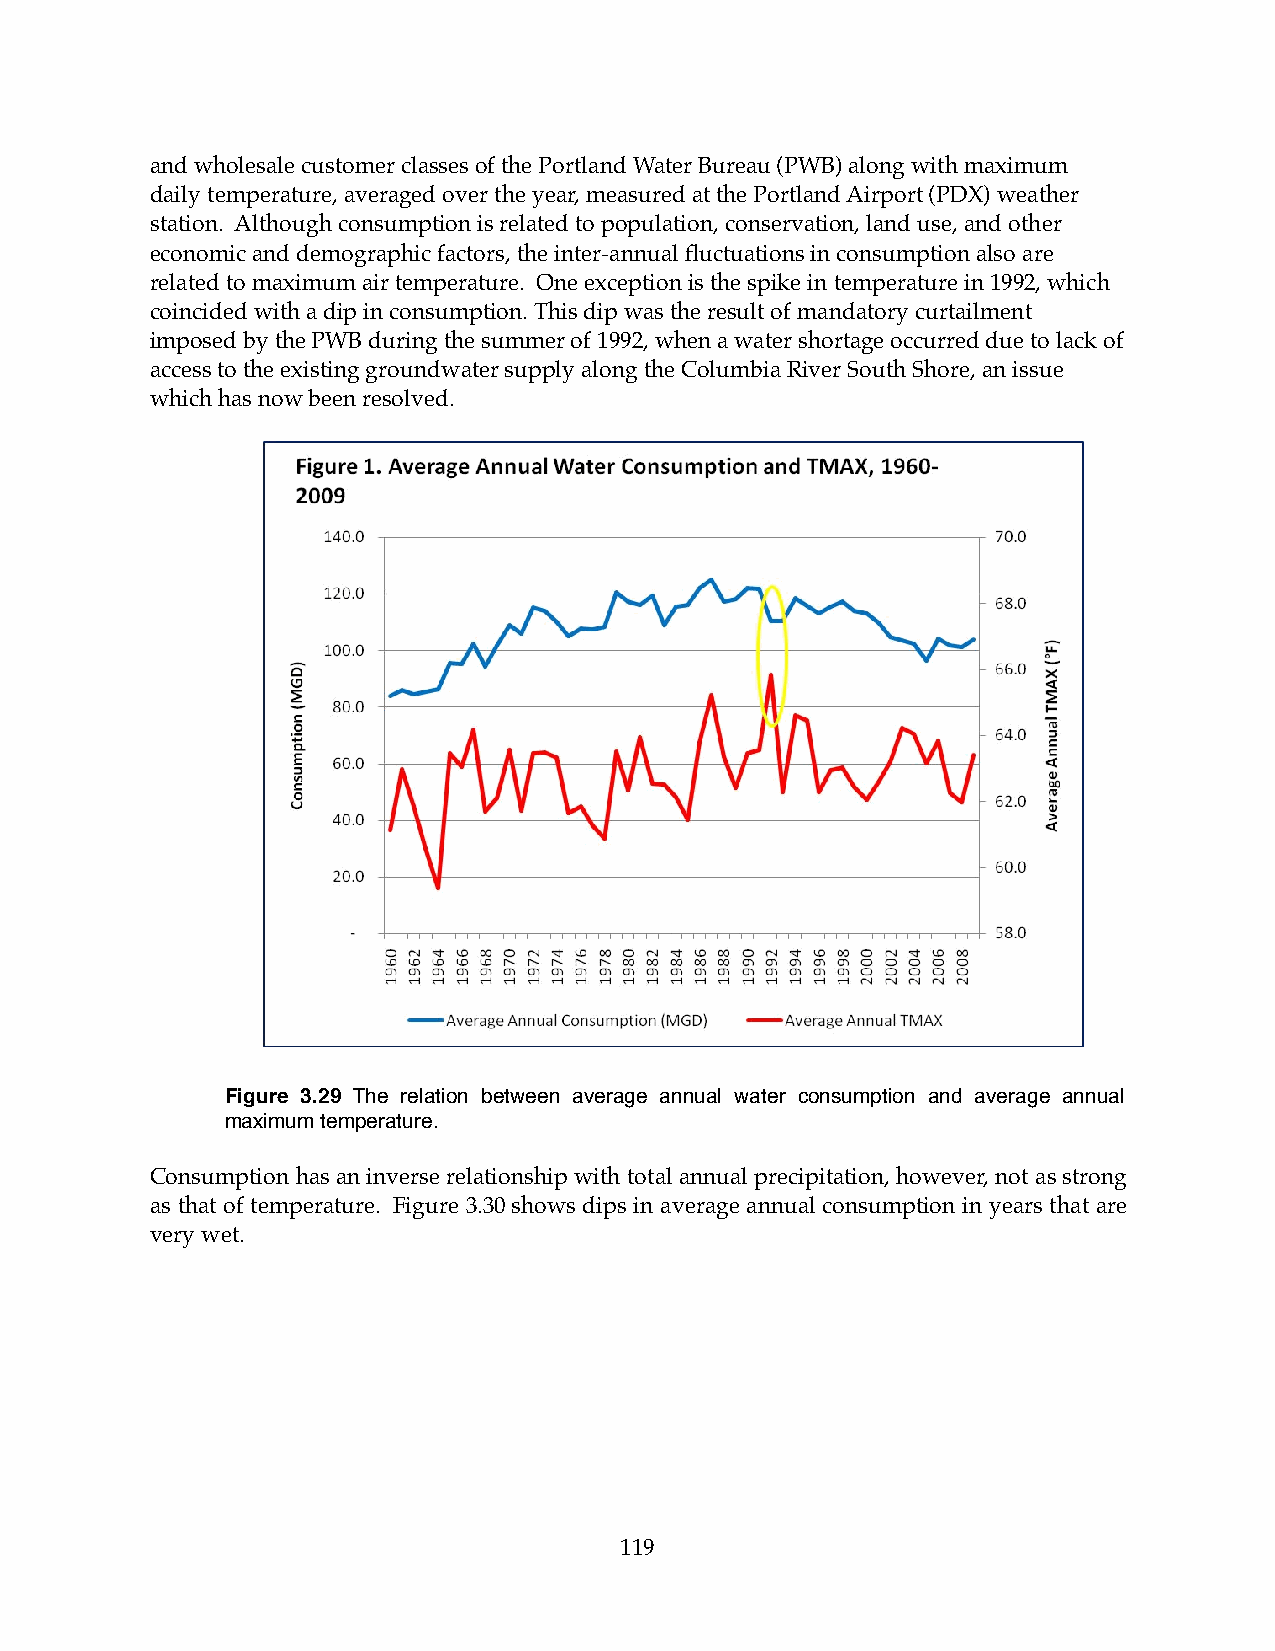
and wholesale customer classes of the Portland Water Bureau (PWB) along with maximum
 daily temperature, averaged over the year, measured at the Portland Airport (PDX) weather
 station. Although consumption is related to population, conservation, land use, and other
 economic and demographic factors, the inter-annual fluctuations in consumption also are
 related to maximum air temperature. One exception is the spike in temperature in 1992, which
 coincided with a dip in consumption. This dip was the result of mandatory curtailment
 imposed by the PWB during the summer of 1992, when a water shortage occurred due to lack of
 access to the existing groundwater supply along the Columbia River South Shore, an issue
 which has now been resolved.
 Figure 3.29 The relation between average annual water consumption and average annual
 maximum temperature.
 Consumption has an inverse relationship with total annual precipitation, however, not as strong
 as that of temperature. Figure 3.30 shows dips in average annual consumption in years that are
 very wet.
 119